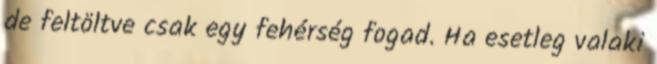
de feltöltve csak egy fehérség fogad. Ha esetleg valaki